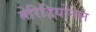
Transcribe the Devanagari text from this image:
मेरिडियोनेल